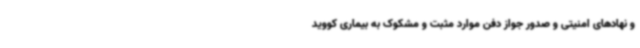
و نهادهای امنیتی و صدور جواز دفن موارد مثبت و مشکوک به بیماری کووید